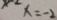
x = - 2